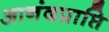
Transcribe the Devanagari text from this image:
आनंदप्राप्ति